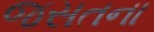
જસતના